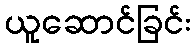
ယူဆောင်ခြင်း